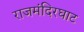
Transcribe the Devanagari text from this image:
राजमंदिरघाट